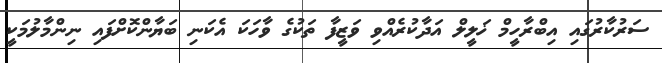
ސަރުކާރުގައި އިބްރާހީމް ޚަލީލް އަދާކުރެއްވި ވަޒީފާ ތަކުގެ ވާހަކަ އެކަނި ބަޔާންކޮށްފައި ނިންމާލުމަކީ